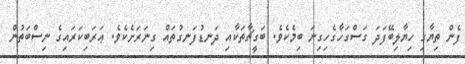
ފެން ތިޔާގި ހިޔާލިބޭފަދަ ގަސްގަހާގެހިގިނަ ބިމެކެވެ. ބަގީޗާތަކާއި ދަނޑުފަނގުތައް ގިނަރަށެކެވެ. ޢަރަބިކަރައިގެ ނިސްބަތުން